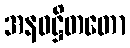
အနဝဋ္ဌိတတော